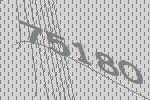
75180